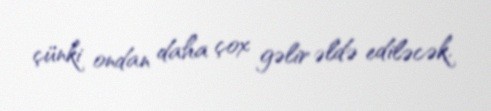
çünki ondan daha çox gəlir əldə ediləcək.